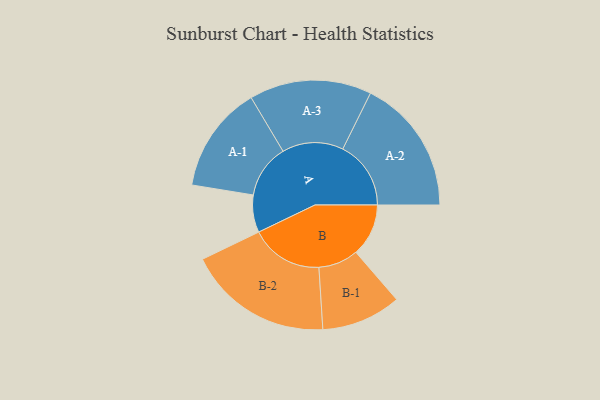
{"axis": {"x": "Segment", "y": "Value"}, "legend": ["", "A", "B"], "data": [{"x": "A", "y": 123, "type": ""}, {"x": "B", "y": 173, "type": ""}, {"x": "A-1", "y": 176, "type": "A"}, {"x": "A-2", "y": 224, "type": "A"}, {"x": "A-3", "y": 201, "type": "A"}, {"x": "B-1", "y": 131, "type": "B"}, {"x": "B-2", "y": 239, "type": "B"}]}